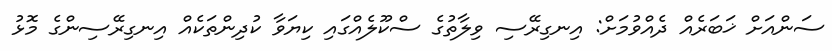
ސަންއަށް ޚަބަރެއް ދެއްވުމަށް: އިނގިރޭސި ވިލާތުގެ ސްކޫލެއްގައި ކިޔަވާ ކުދިންތަކެއް އިނގިރޭސިންގެ މޮޅު